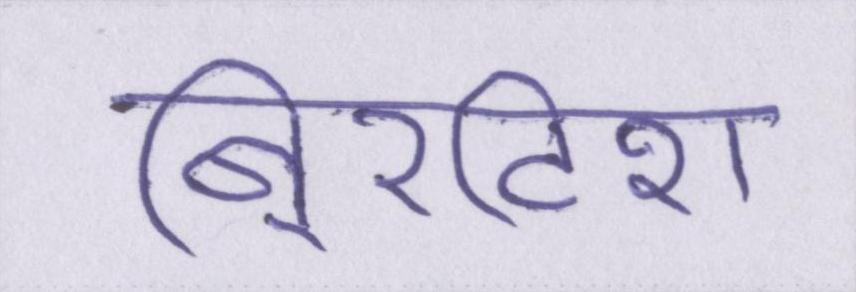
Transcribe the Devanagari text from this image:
बि्रटिश